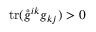
\mathrm { t r } ( \mathring { g } ^ { i k } g _ { k j } ) > 0